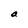
Character: a